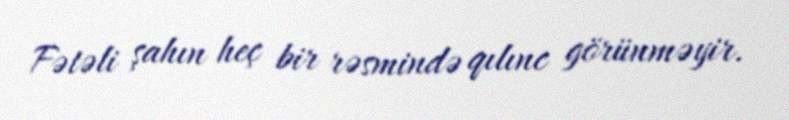
Fətəli şahın heç bir rəsmində qılınc görünməyir.